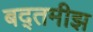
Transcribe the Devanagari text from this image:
बद्तमीझ